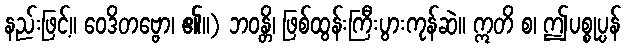
နည်းဖြင့်။ ဝေဒိတဗ္ဗော၊ ၏။) ဘဝန္တိ၊ ဖြစ်ထွန်းကြီးပွားကုန်ဆဲ။ ဣတိ စ၊ ဤပစ္စုပ္ပန်